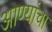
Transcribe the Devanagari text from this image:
आण्यांचा